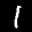
Label: 1